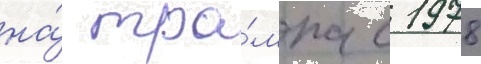
на́ тра́мпа с 1978